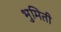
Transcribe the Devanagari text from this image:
भुमिती